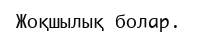
Жоқшылық болар.